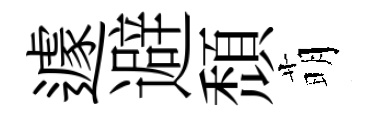
遽避頹萌